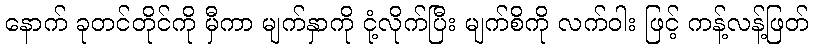
နောက် ခုတင်တိုင်ကို မှီကာ မျက်နှာကို ငုံ့လိုက်ပြီး မျက်စိကို လက်ဝါး ဖြင့် ကန့်လန့်ဖြတ်